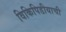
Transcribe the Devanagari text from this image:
विकिपिडीयाची